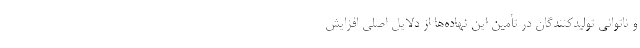
و ناتوانی تولیدکنندگان در تأمین این نهاده‌ها از دلایل اصلی افزایش